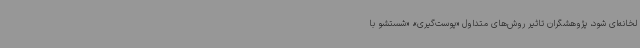
لخانه‌ای شود، پژوهشگران تاثیر روش‌های متداول «پوست‌گیری»، «شستشو با